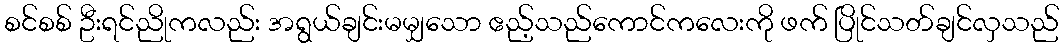
စင်စစ် ဦးရင်ညိုကလည်း အရွယ်ချင်းမမျှသော ဧည့်သည်ကောင်ကလေးကို ဖက် ပြိုင်သတ်ချင်လှသည်